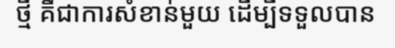
ថ្មី គឺជាការសំខាន់មួយ ដើម្បីទទួលបាន